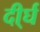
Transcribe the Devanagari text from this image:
दी्र्घ